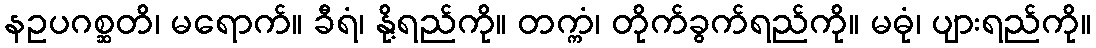
နဥပဂစ္ဆတိ၊ မရောက်။ ခီရံ၊ နို့ရည်ကို။ တက္ကံ၊ တိုက်ခွက်ရည်ကို။ မဓုံ၊ ပျားရည်ကို။